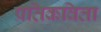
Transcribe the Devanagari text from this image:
प्रतिकविता